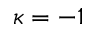
\kappa = - 1